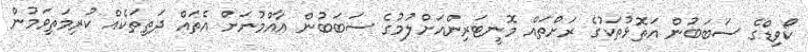
ކޯވިޑްގެ ސަބަބުން އަތޮޅުތަކުގެ ރަށްތައް މޮނީޓަރިންއަށްލުމުގެ ސަބަބުން ޢާއްމުނަށް އެތައް ދަތިތަކެއް ކުރިމަތިވަމުން